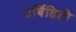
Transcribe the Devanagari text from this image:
टर्बिडिटी